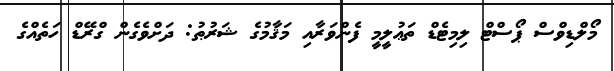
މޯލްޑިވްސް ޕޯސްޓް ލިމިޓެޑް ތަޢުލީމީ ފެންވަރާއި މަޤާމުގެ ޝަރުޠު: ދަށްވެގެން ގްރޭޑް ހަތެއްގެ